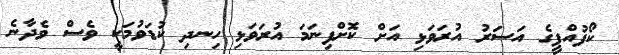
ކޯފުއްޕީގެ އަސަރު އުރަވަޅި އަށް ކޮށްފިނަމަ އުރަވަޅި ހިނދި ކުޑަވުމަކީ ވެސް ވެދާނެ